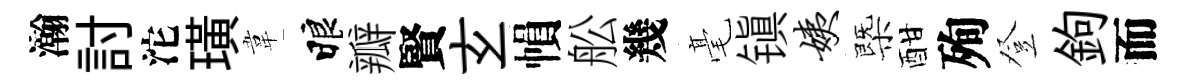
瀚討沱璜韋睱瓣賢𤣥𢄙舩幾毫镇姨㮣酣殉登鉤而